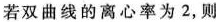
若双曲线的离心率为2，则